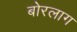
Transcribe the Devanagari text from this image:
बोरलाग